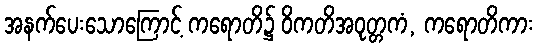
အနက်ပေးသောကြောင့် ကရောတိ၌ ဝိကတိအဝုတ္တကံ, ကရောတိကား